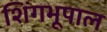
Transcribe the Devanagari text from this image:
शिंगभूपाल